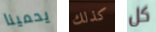
يحمينا كذلك كل